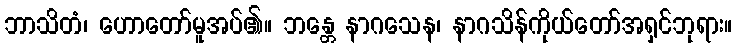
ဘာသိတံ၊ ဟောတော်မူအပ်၏။ ဘန္တေ နာဂသေန၊ နာဂသိန်ကိုယ်တော်အရှင်ဘုရား။